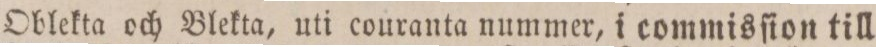
Oblekta och Blekta, uti couranta nummer, i commisſion till